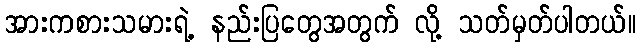
အားကစားသမားရဲ့ နည်းပြတွေအတွက် လို့ သတ်မှတ်ပါတယ်။